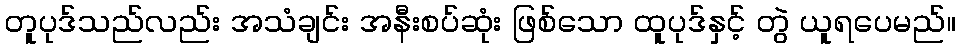
တူပုဒ်သည်လည်း အသံချင်း အနီးစပ်ဆုံး ဖြစ်သော ထူပုဒ်နှင့် တွဲ ယူရပေမည်။